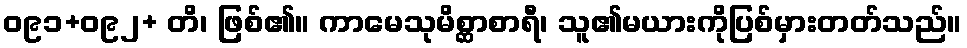
ဝ၉၁+ဝ၉၂+ တိ၊ ဖြစ်၏။ ကာမေသုမိစ္ဆာစာရီ၊ သူ၏မယားကိုပြစ်မှားတတ်သည်။